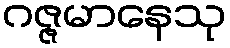
ဂဇ္ဇမာနေသု